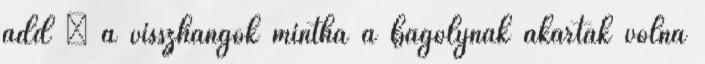
add – a visszhangok mintha a bagolynak akartak volna